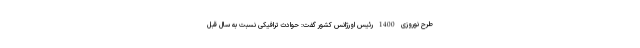
طرح نوروزی 1400 رئیس اورژانس کشور گفت: حوادث ترافیکی نسبت به سال قبل